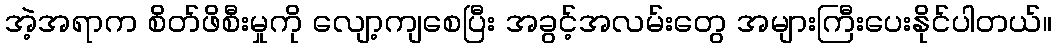
အဲ့အရာက စိတ်ဖိစီးမှုကို လျော့ကျစေပြီး အခွင့်အလမ်းတွေ အများကြီးပေးနိုင်ပါတယ်။